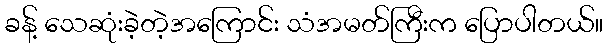
ခန့် သေဆုံးခဲ့တဲ့အကြောင်း သံအမတ်ကြီးက ပြောပါတယ်။